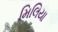
મિલિયા